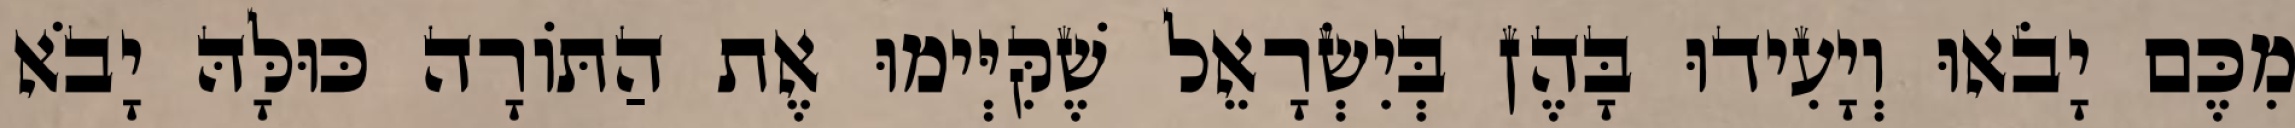
מִכֶּם יָבֹאוּ וְיָעִידוּ בָּהֶן בְּיִשְׂרָאֵל שֶׁקִּיְּימוּ אֶת הַתּוֹרָה כּוּלָּהּ יָבֹא